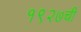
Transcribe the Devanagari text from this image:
१९२७ची